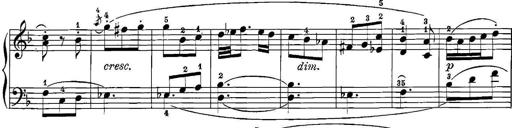
Title: 12 Sonatinas
Composer: Ignaz Pleyel